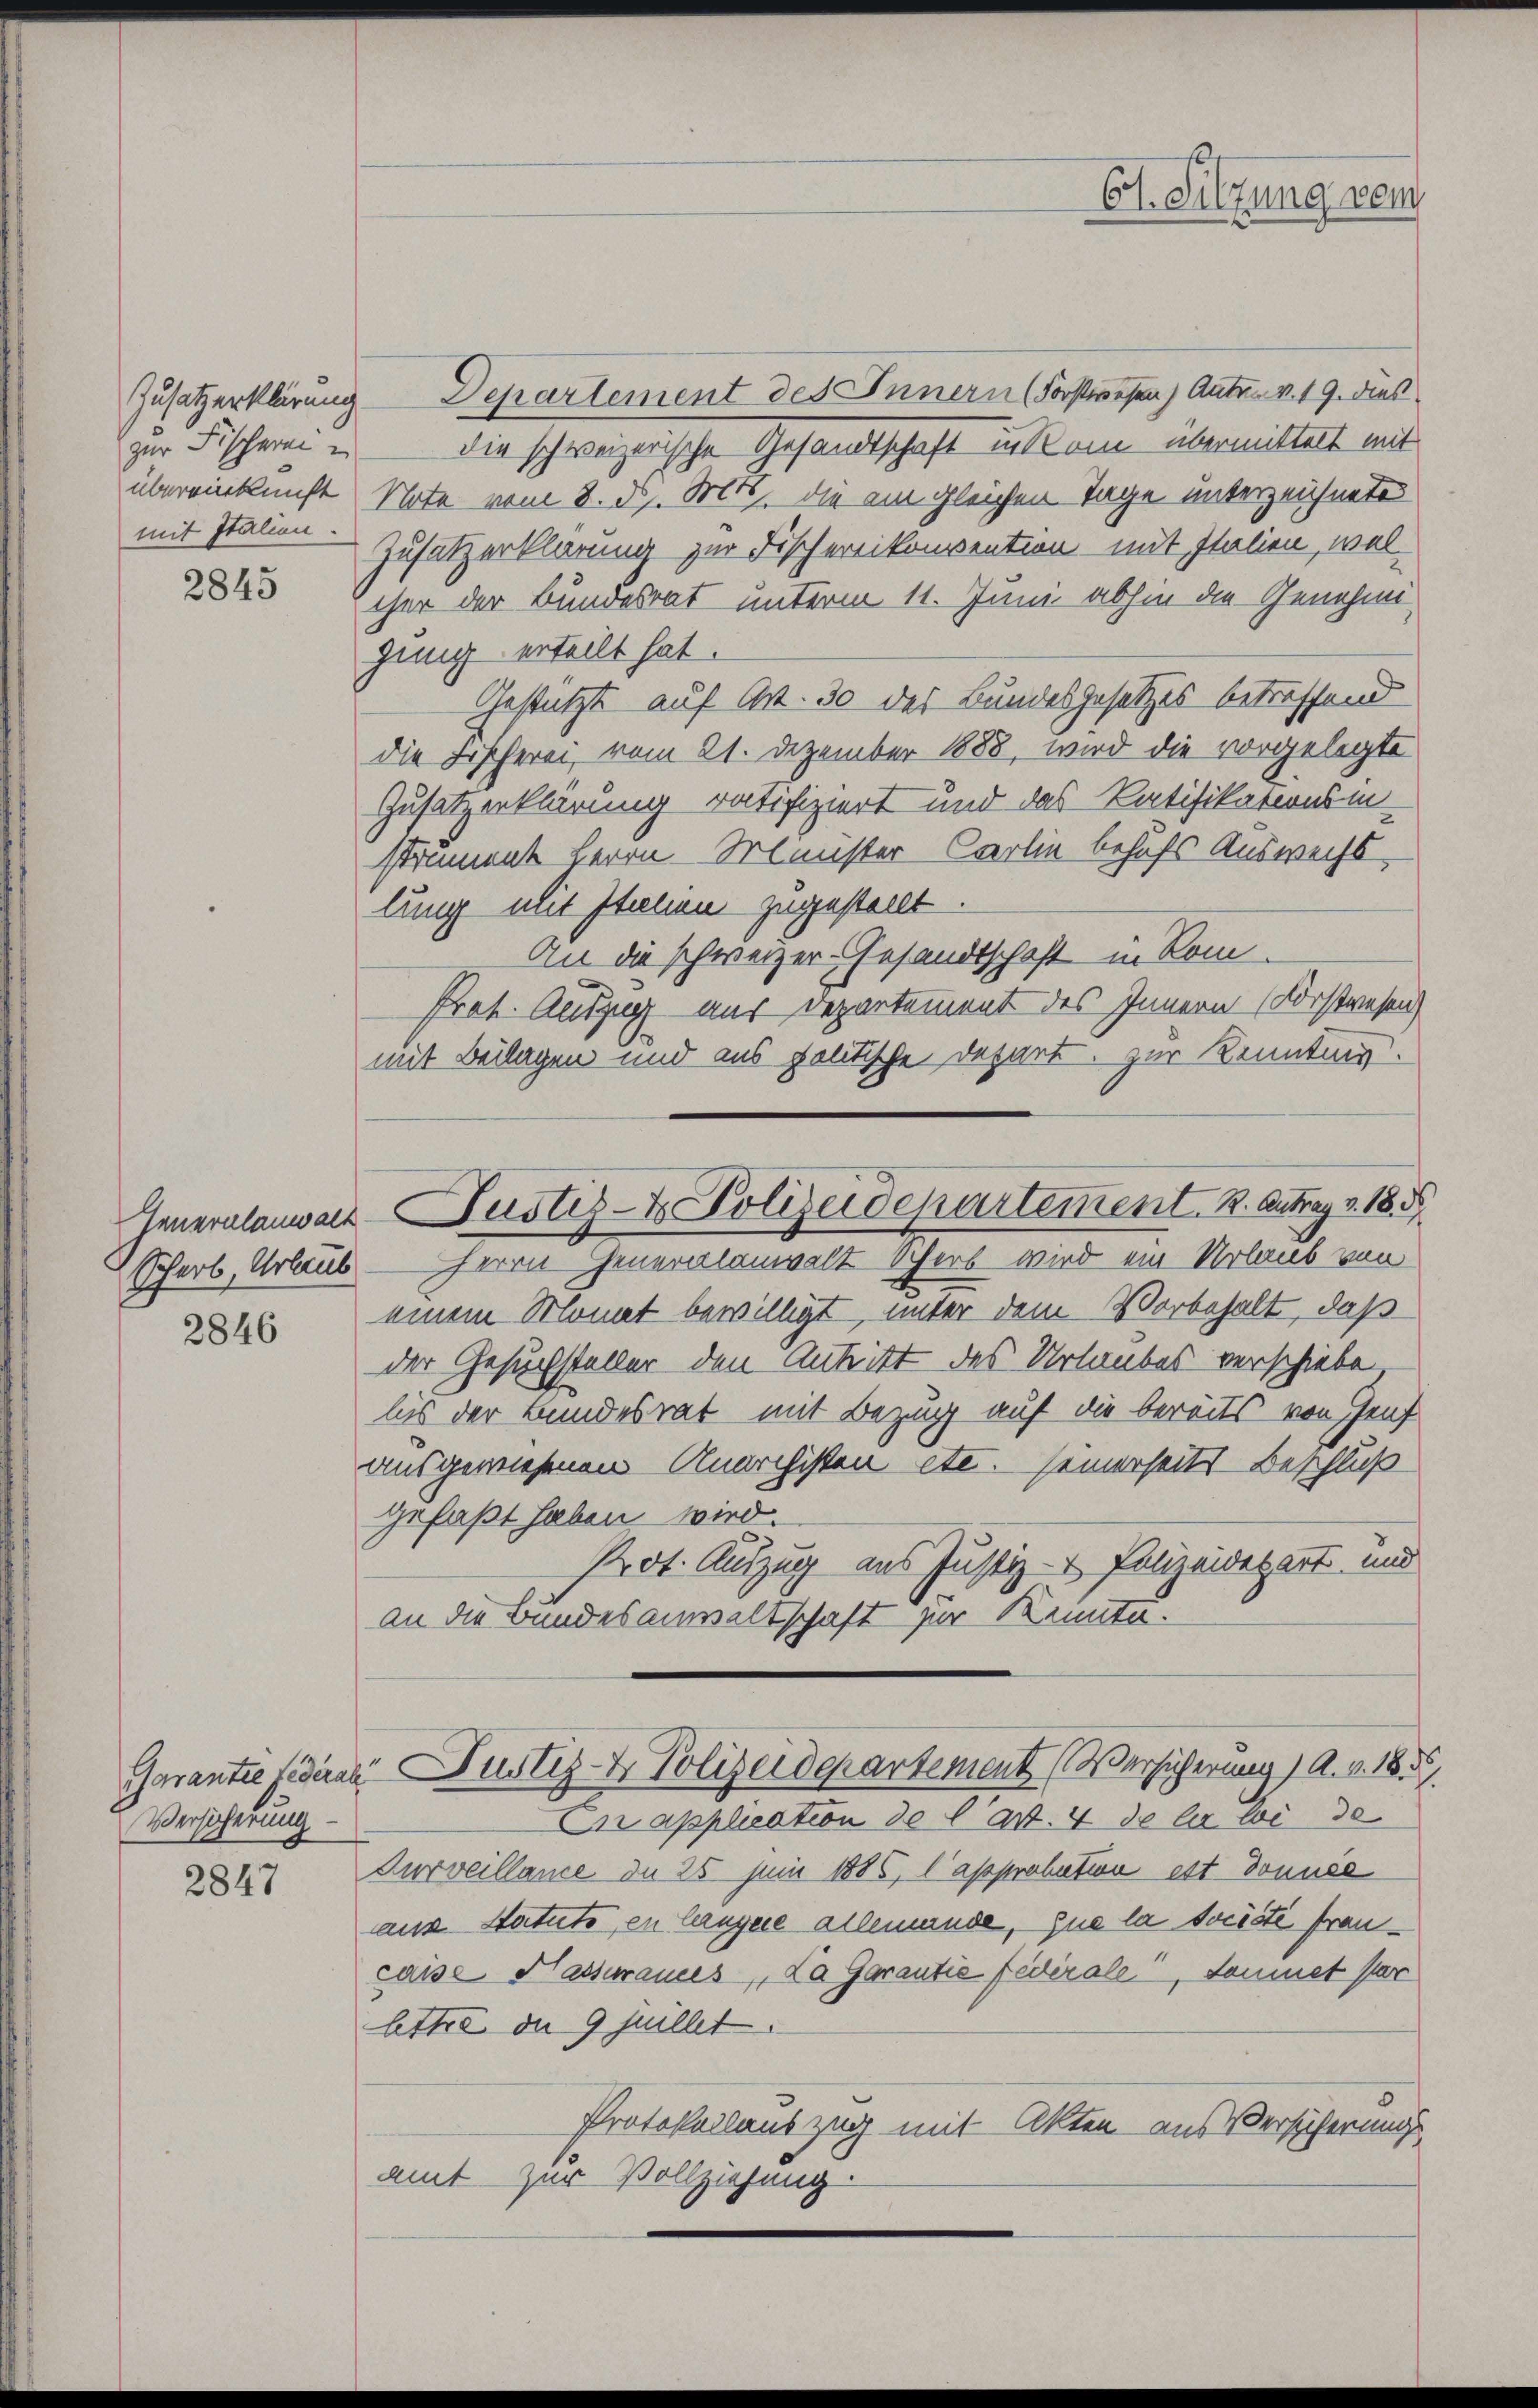
zur Fischeren un
mit Italien.

2845

Scharb, Urlaub

2846

Versicherung

2847

Zusatzerklärung Departement des Innern (Forstwesen) Anton v. 19. dies
die schweizerische Gesandtschaft in Som übermittelt mit
übereinkunft Note vom 8. d. Mts. die am gleichen Tage unterzeichnete
Zusatzerklärung zur Fischerlikonvention mit Italien, welcher der Bundesrat unterm 11. Juni abhin die Genehmigung erteilt hat.
Gestützt auf Art. 30 des Bundesgesetzes betreffend
die Fischerei, vom 21. Dezember 1888, wird die vorgelegte
Zusatzerklärung ratifiziert und das Ratifikationsinstrument Herrn Mauster Carlin behufs Auswechs
lung mit Italien zugestellt.
An die schweizer-Gesandtschaft in Rom
Prat. Auszug aus Departement des Innern (Forstwesen
mit Beilagen und aus politische Depart. Zur Kennting.
Generalamans Justiz- & Polizeidepartement. B. Antrag v. 18
Herrn Generalanwalt Schers wird ein Urlaub von
einem Monat bewilligt, unter dem Vorbehalt, daß
der Gesuchsteller den Antritt des Urlaubes verschiebe
bis der Bundesrat mit Bezug auf die bereits von Genf
ausgewiesenen Anarchisten etc. seinerseits Beschluß
gefaßt haben wird.
Prot. Auszug aus Justiz- & Polizeidepart und
an die Bundesanwaltschaft zur Kennte.

Ct. Silzung vom

Cn application de l’art. 4 de les wide
Curveillance de 25 Juni 1886, l’approbation est donnée
aus Statuts en langere allemande, que la socöste francaise Hassurances, Da Garantie fédérale, Sommet par
ltte in 9 jüllet.
Protokollauszug mit Akten aus Versicherungs-
amt zur Vollziehung

Garantie sodann Justiz- & Polizeidepartement (Versicherung) A. v. 185